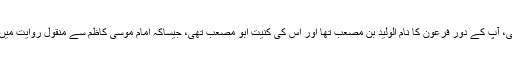
حضرت موسیؑ، آپؑ کے دور فرعون کا نام الولید بن مصعب تھا اور اس کی کنیت ابو مصعب تھی، جیساکہ امام موسی کاظمؑ سے منقول روایت میں وارد ہوا ہے۔